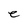
Character: e